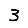
Digit: 3